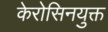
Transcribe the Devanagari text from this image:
केरोसिनयुक्त